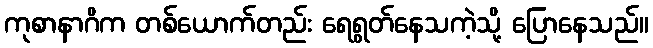
ကုစာနာဂိက တစ်ယောက်တည်း ရေရွတ်နေသကဲ့သို့ ပြောနေသည်။